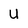
Character: U